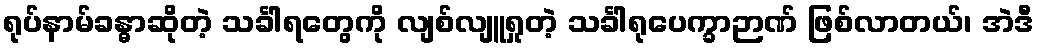
ရုပ်နာမ်ခန္ဓာဆိုတဲ့ သင်္ခါရတွေကို လျစ်လျူရှုတဲ့ သင်္ခါရုပေက္ခာဉာဏ် ဖြစ်လာတယ်၊ အဲဒီ